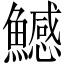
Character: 鱤